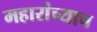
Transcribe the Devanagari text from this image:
महारांच्याच